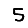
Digit: 5